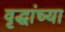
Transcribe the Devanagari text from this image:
वृद्धांच्या